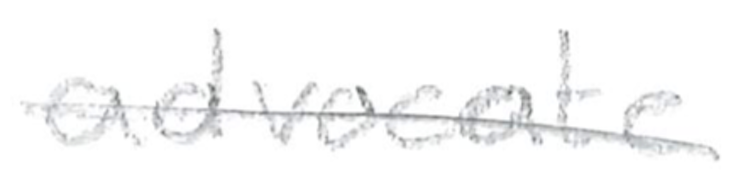
Text: advocate
Cross-out: single-line
Writing tool: pencil